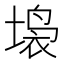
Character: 𱗥